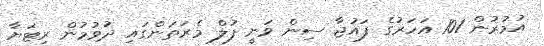
އުމުރުން 101 އަހަރުގެ ފައުޖާ ސިން ވަނީ ފުލް މެރަތަންގައި ދުވުމުން ރިޓަޔާ